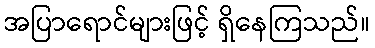
အပြာရောင်များဖြင့် ရှိနေကြသည်။